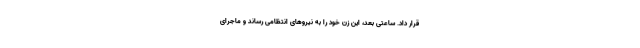
قرار داد. ساعتی بعد، این زن خود را به نیروهای انتظامی رساند و ماجرای